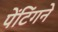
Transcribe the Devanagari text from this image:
पेंटिंगने